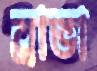
ব্রাভা